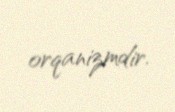
orqanizmdir.